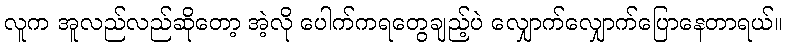
လူက အူလည်လည်ဆိုတော့ အဲ့လို ပေါက်ကရတွေချည့်ပဲ လျှောက်လျှောက်ပြောနေတာရယ်။